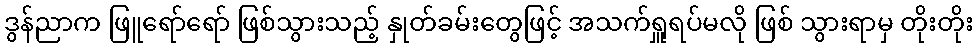
ဒွန်ညာက ဖြူရော်ရော် ဖြစ်သွားသည့် နှုတ်ခမ်းတွေဖြင့် အသက်ရှူရပ်မလို ဖြစ် သွားရာမှ တိုးတိုး